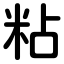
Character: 粘